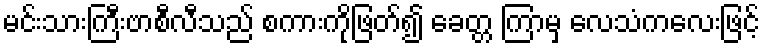
မင်းသားကြီးဗာစီလီသည် စကားကိုဖြတ်၍ ခေတ္တ ကြာမှ လေသံကလေးဖြင့်